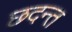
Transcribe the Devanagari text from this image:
छदन्त